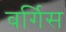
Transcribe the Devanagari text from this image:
वर्गिस